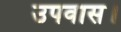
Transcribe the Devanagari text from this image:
उपवास।